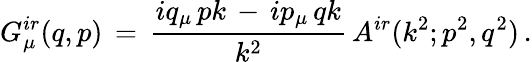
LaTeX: G_{\mu}^{ir}(q,p)\, =\, \frac{iq_{\mu}\, pk\, -\, ip_{\mu}\, qk}{k^{2}}\, A^{ir}(k^{2};p^{2},q^{2})\, .